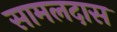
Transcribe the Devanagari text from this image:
सामलदास